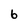
Character: 6